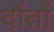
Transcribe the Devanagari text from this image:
दोंतों